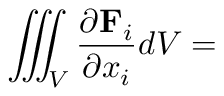
\iiint _ { V } { \frac { \partial \mathbf { F } _ { i } } { \partial x _ { i } } } d V =